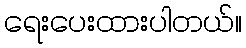
ရေးပေးထားပါတယ်။